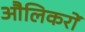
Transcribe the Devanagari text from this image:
औलिकरों